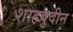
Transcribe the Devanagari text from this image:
शाहबुदीन